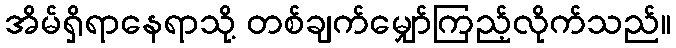
အိမ်ရှိရာနေရာသို့ တစ်ချက်မျှော်ကြည့်လိုက်သည်။